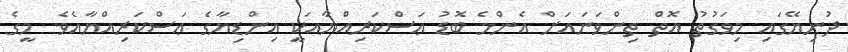
ދުނިޔޭގައި މިވަގުތު އޮތް ތިންވަނައަށް އެންމެ ބޮޑު ޢަސްކަރިއްޔާއަކީ އިންޑިޔާގެ ޢަސްކަރިއްޔާއެވެ. މީގެ